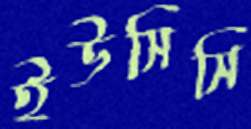
ইউসিসি